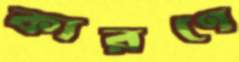
কারণে